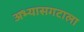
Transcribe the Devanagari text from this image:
अभ्यासगटाला